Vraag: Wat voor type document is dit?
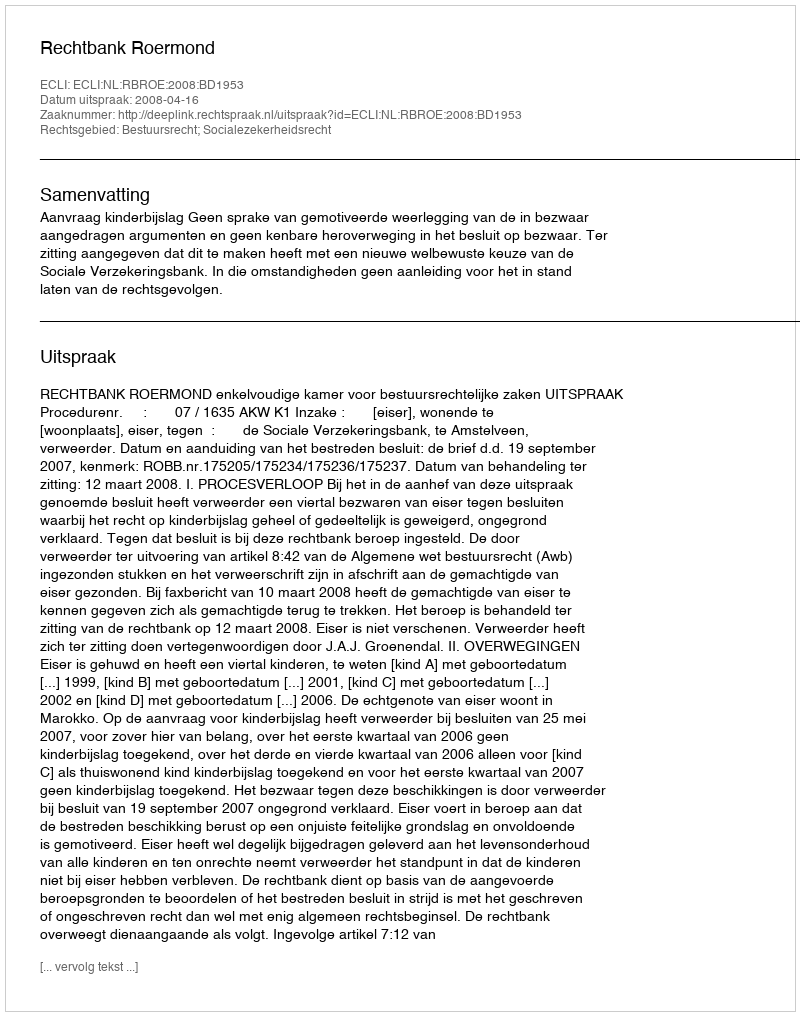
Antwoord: Uitspraak